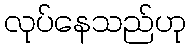
လုပ်နေသည်ဟု